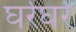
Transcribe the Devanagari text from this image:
घर्रघर्र